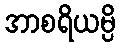
အာစရိယမ္ပိ